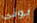
بونى